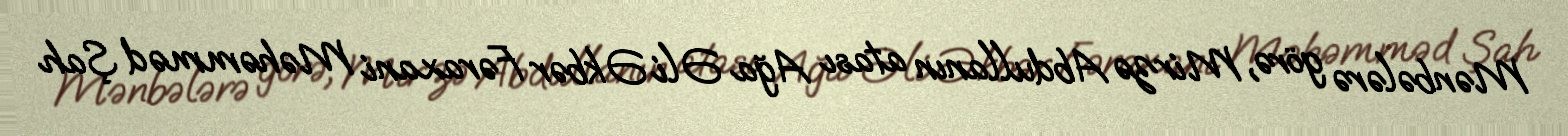
Mənbələrə görə, Mirzə Abdullanın atası Ağa Əli Əkbər Fəraxani Məhəmməd Şah